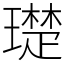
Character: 璴